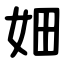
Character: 㚼